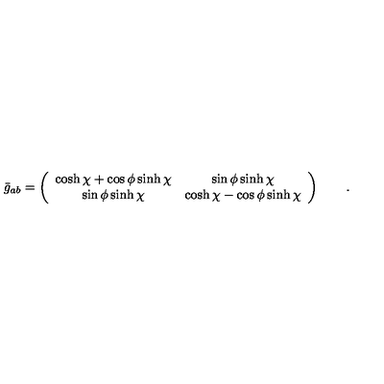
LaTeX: \bar { g } _ { a b } = \left( \begin{array} { c c } { \displaystyle { \cosh \chi + \cos \phi \sinh \chi } } & { \displaystyle { \sin \phi \sinh \chi } } \\ { \displaystyle { \sin \phi \sinh \chi } } & { \displaystyle { \cosh \chi - \cos \phi \sinh \chi } } \\ \end{array} \right) \qquad .